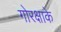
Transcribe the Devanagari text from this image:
गोरक्षाके